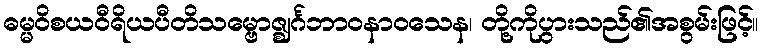
ဓမ္မဝိစယဝီရိယပီတိသမ္ဗောဇ္ဈင်္ဂဘာဝနာဝသေန၊ တို့ကိုပွားသည်၏အစွမ်းဖြင့်။